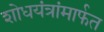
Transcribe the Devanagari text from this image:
शोधयंत्रांमार्फत